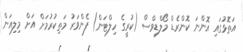
އަތޮޅުގައި އޮންނަ ކޮންރެޑް މޯލްޑިވްސް (ކުރީގެ ހިލްޓަން) ފެންވަރު މަތިކުރުމަށް އަށް މިލިއަން